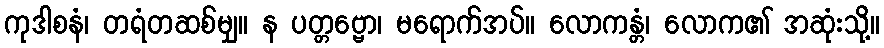
ကုဒါစနံ၊ တရံတဆစ်မျှ။ န ပတ္တဗ္ဗော၊ မရောက်အပ်။ လောကန္တံ၊ လောက၏ အဆုံးသို့။